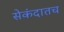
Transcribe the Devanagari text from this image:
सेकंदातच